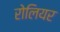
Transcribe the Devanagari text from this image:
रोलियर